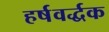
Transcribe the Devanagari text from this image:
हर्षवर्द्धक